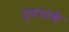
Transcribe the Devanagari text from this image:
त्वचाके